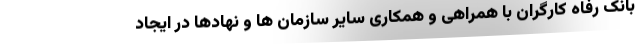
بانک رفاه کارگران با همراهی و همکاری سایر سازمان ها و نهادها در ایجاد